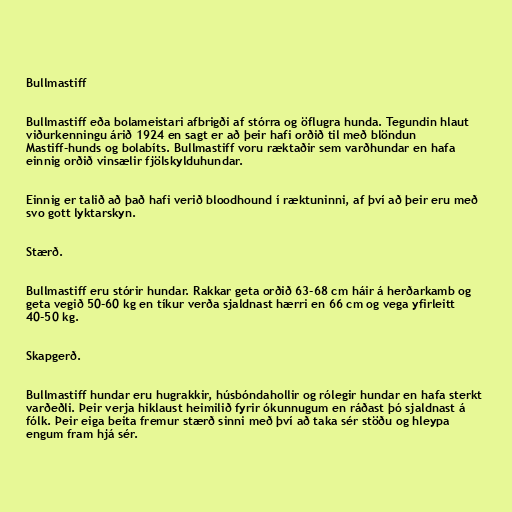
Bullmastiff

Bullmastiff eða bolameistari afbrigði af stórra og öflugra hunda. Tegundin hlaut
viðurkenningu árið 1924 en sagt er að þeir hafi orðið til með blöndun
Mastiff-hunds og bolabíts. Bullmastiff voru ræktaðir sem varðhundar en hafa
einnig orðið vinsælir fjölskylduhundar.

Einnig er talið að það hafi verið bloodhound í ræktuninni, af því að þeir eru með
svo gott lyktarskyn.

Stærð.

Bullmastiff eru stórir hundar. Rakkar geta orðið 63-68 cm háir á herðarkamb og
geta vegið 50-60 kg en tíkur verða sjaldnast hærri en 66 cm og vega yfirleitt
40-50 kg.

Skapgerð.

Bullmastiff hundar eru hugrakkir, húsbóndahollir og rólegir hundar en hafa sterkt
varðeðli. Þeir verja hiklaust heimilið fyrir ókunnugum en ráðast þó sjaldnast á
fólk. Þeir eiga beita fremur stærð sinni með því að taka sér stöðu og hleypa
engum fram hjá sér.